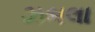
ઝભલા